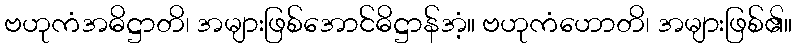
ဗဟုကံအဓိဋ္ဌာတိ၊ အများဖြစ်အောင်ဓိဋ္ဌာန်အံ့။ ဗဟုကံဟောတိ၊ အများဖြစ်၏။